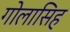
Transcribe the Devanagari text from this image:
गोलासिह